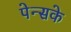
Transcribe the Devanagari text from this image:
पेन्सके